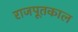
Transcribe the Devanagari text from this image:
राजपूतकाल